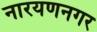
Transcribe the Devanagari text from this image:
नारयणनगर